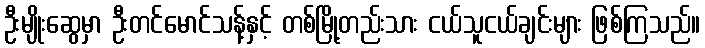
ဦးမျိုးဆွေမှာ ဦးတင်မောင်သန့်နှင့် တစ်မြို့တည်းသား ငယ်သူငယ်ချင်းများ ဖြစ်ကြသည်။